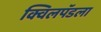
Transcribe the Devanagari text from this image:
क्विलपॅडला